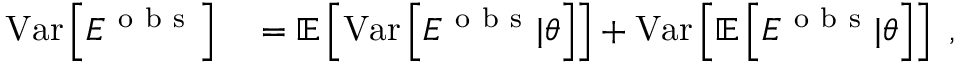
\begin{array} { r l } { \mathrm { V a r } \left[ E ^ { \mathrm { ~ o ~ b ~ s ~ } } \right] } & { { } = \mathbb { E } \left[ \mathrm { V a r } \left[ E ^ { \mathrm { ~ o ~ b ~ s ~ } } | \theta \right] \right] + \mathrm { V a r } \left[ \mathbb { E } \left[ E ^ { \mathrm { ~ o ~ b ~ s ~ } } | \theta \right] \right] \ , } \end{array}